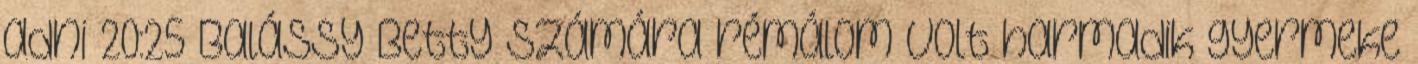
adni 20:25 Balássy Betty számára rémálom volt harmadik gyermeke